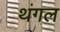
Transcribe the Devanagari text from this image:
थंगल